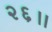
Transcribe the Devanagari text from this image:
२६॥